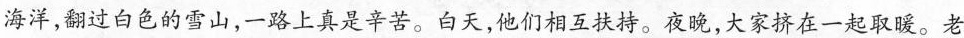
海洋，翻过白色的雪山，一路上真是辛苦。白天，他们相互扶持。夜晚，大家挤在一起取暖。老